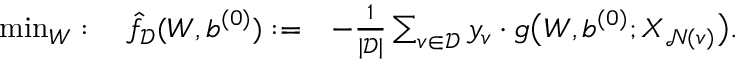
\begin{array} { r l } { \operatorname* { m i n } _ { \boldsymbol W } : \quad \hat { f } _ { \mathcal { D } } ( { \boldsymbol W } , { \boldsymbol b } ^ { ( 0 ) } ) : = } & { - \frac { 1 } { | \mathcal { D } | } \sum _ { v \in \mathcal { D } } y _ { v } \cdot g \big ( { \boldsymbol W } , { \boldsymbol b } ^ { ( 0 ) } ; { \boldsymbol X } _ { \mathcal { N } ( v ) } \big ) . } \end{array}